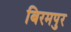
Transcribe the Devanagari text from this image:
बिरमपुर